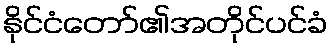
နိုင်ငံတော်၏အတိုင်ပင်ခံ